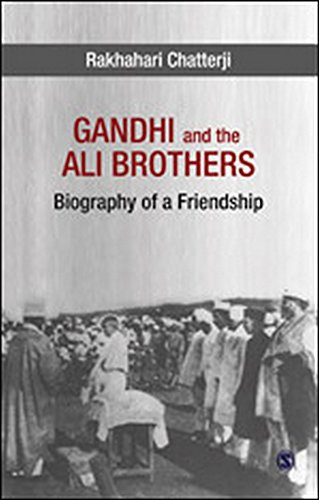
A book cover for Gandhi and the Ali Brothers: Biography of a Friendship; Rakhahari Chatterji; Religion & Spirituality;